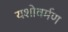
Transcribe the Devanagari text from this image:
यशोवर्मण